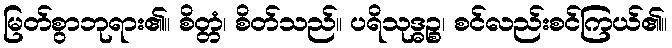
မြတ်စွာဘုရား၏။ စိတ္တံ၊ စိတ်သည်။ ပရိသုဒ္ဓဉ္စ၊ စင်လည်းစင်ကြယ်၏။